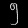
Digit: ၅